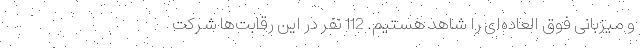
و میزبانی فوق العاده‌ای را شاهد هستیم. 112 نفر در این رقابت‌ها شرکت